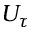
U _ { \tau }